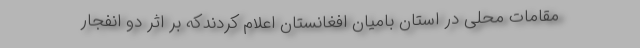
مقامات محلی در استان بامیان افغانستان اعلام کردندکه بر اثر دو انفجار